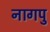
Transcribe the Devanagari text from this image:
नागपु